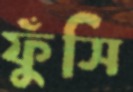
ফুঁসি